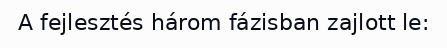
A fejlesztés három fázisban zajlott le: